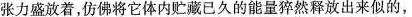
张力盛放着，仿佛将它体内贮藏已久的能量猝然释放出来似的，